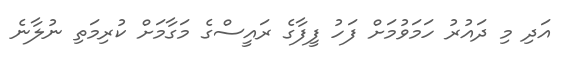
އަދި މި ދައުރު ހަމަވުމަށް ފަހު ފީފާގެ ރައީސްގެ މަގާމަށް ކުރިމަތި ނުލާނެ